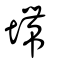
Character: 墆